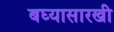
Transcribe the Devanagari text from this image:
बघ्‍यासारखी